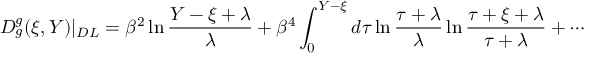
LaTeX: D _ { g } ^ { g } ( \xi , Y ) | _ { D L } = \beta ^ { 2 } \ln \frac { Y - \xi + \lambda } { \lambda } + \beta ^ { 4 } \int _ { 0 } ^ { Y - \xi } d \tau \ln \frac { \tau + \lambda } { \lambda } \ln \frac { \tau + \xi + \lambda } { \tau + \lambda } + \cdots